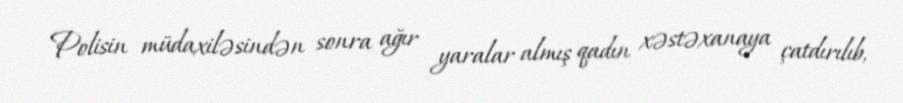
Polisin müdaxiləsindən sonra ağır yaralar almış qadın xəstəxanaya çatdırılıb,